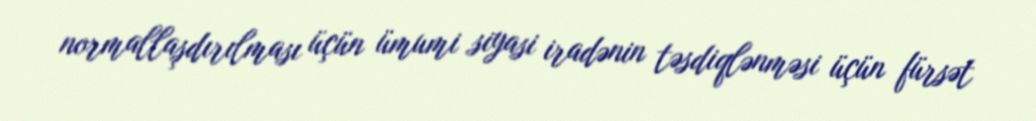
normallaşdırılması üçün ümumi siyasi iradənin təsdiqlənməsi üçün fürsət